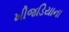
ખીજડિયાના